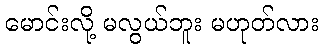
မောင်းလို့ မလွယ်ဘူး မဟုတ်လား